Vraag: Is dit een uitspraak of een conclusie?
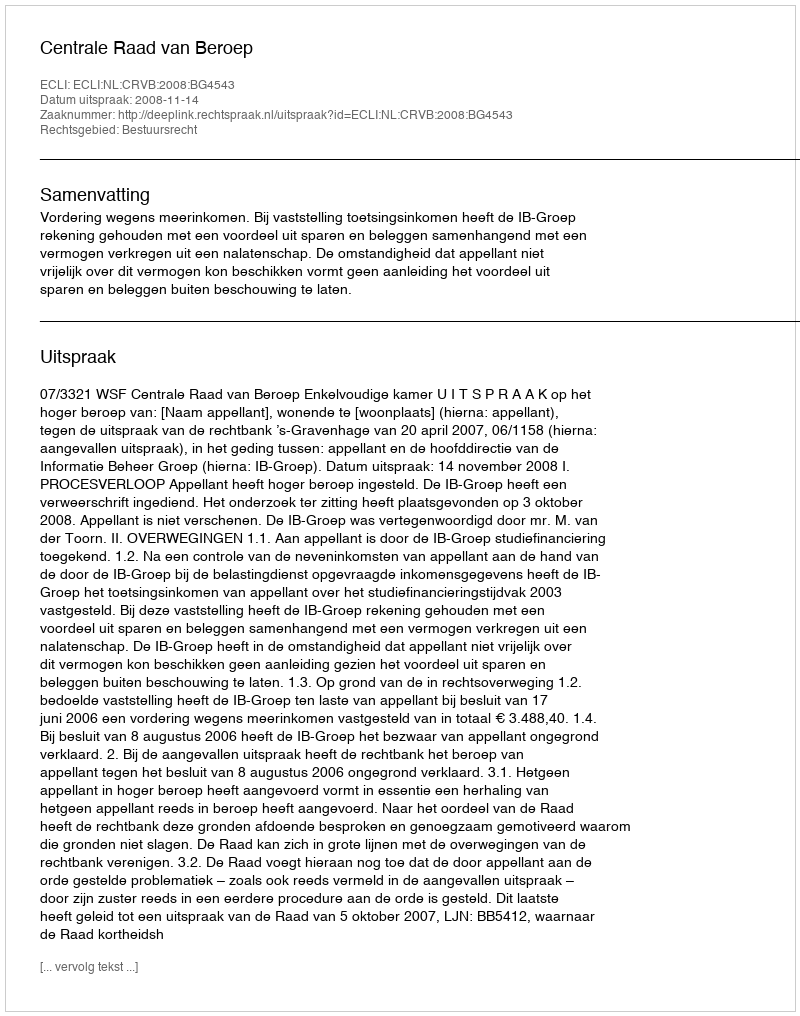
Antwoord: Uitspraak